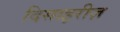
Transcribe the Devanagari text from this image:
दिसाइरीज़